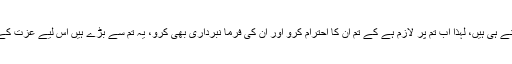
یہ تمام تمہارے اپنے ہی ہیں، لہذا اب تم پر لازم ہے کے تم ان کا احترام کرو اور ان کی فرما نبرداری بھی کرو، یہ تم سے بڑے ہیں اس لیے عزت کے حق دار بھی ہیں۔